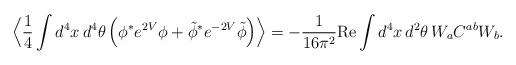
LaTeX: \begin{align*}\Big\langle \frac{1}{4}\int d^4x\,d^4\theta\,\Big(\phi^* e^{2V}\phi+ \tilde\phi^* e^{-2V}\tilde\phi\Big)\Big\rangle= - \frac{1}{16\pi^2} \mbox{Re}\int d^4x\,d^2\theta\,W_a C^{ab} W_b.\end{align*}